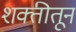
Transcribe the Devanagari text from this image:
शक्तीतून